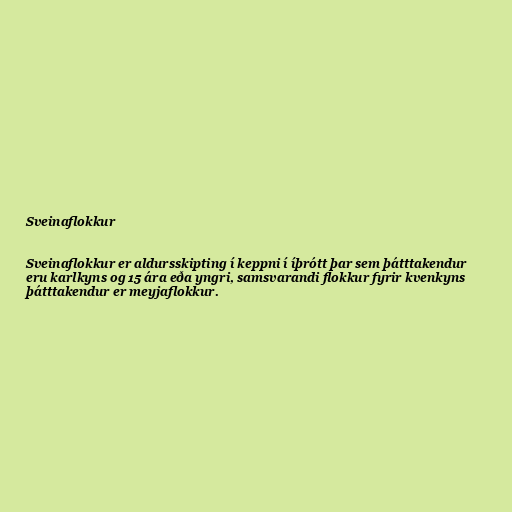
Sveinaflokkur

Sveinaflokkur er aldursskipting í keppni í íþrótt þar sem þátttakendur
eru karlkyns og 15 ára eða yngri, samsvarandi flokkur fyrir kvenkyns
þátttakendur er meyjaflokkur.